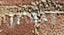
يتفاعل